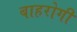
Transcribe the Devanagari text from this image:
बाहरोगी